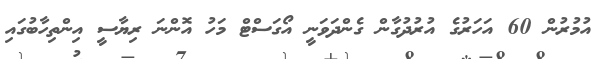
އުމުރުން 60 އަހަރުގެ އުރުދުގާން ގެންދަވަނީ އޯގަސްޓް މަހު އޮންނަ ރިޔާސީ އިންތިހާބުގައި